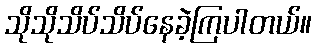
သိုသိုသိပ်သိပ်နေခဲ့ကြပါတယ်။